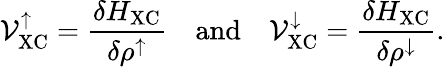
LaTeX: \mathcal{V}_{\mathrm{XC}}^{\uparrow}=\frac{\delta H_{\mathrm{XC}}}{\delta\rho^{\uparrow}}\quad\mathrm{and}\quad\mathcal{V}_{\mathrm{XC}}^{\downarrow}=\frac{\delta H_{\mathrm{XC}}}{\delta\rho^{\downarrow}}.